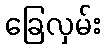
ခြေလှမ်း